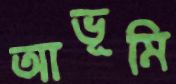
আভূমি